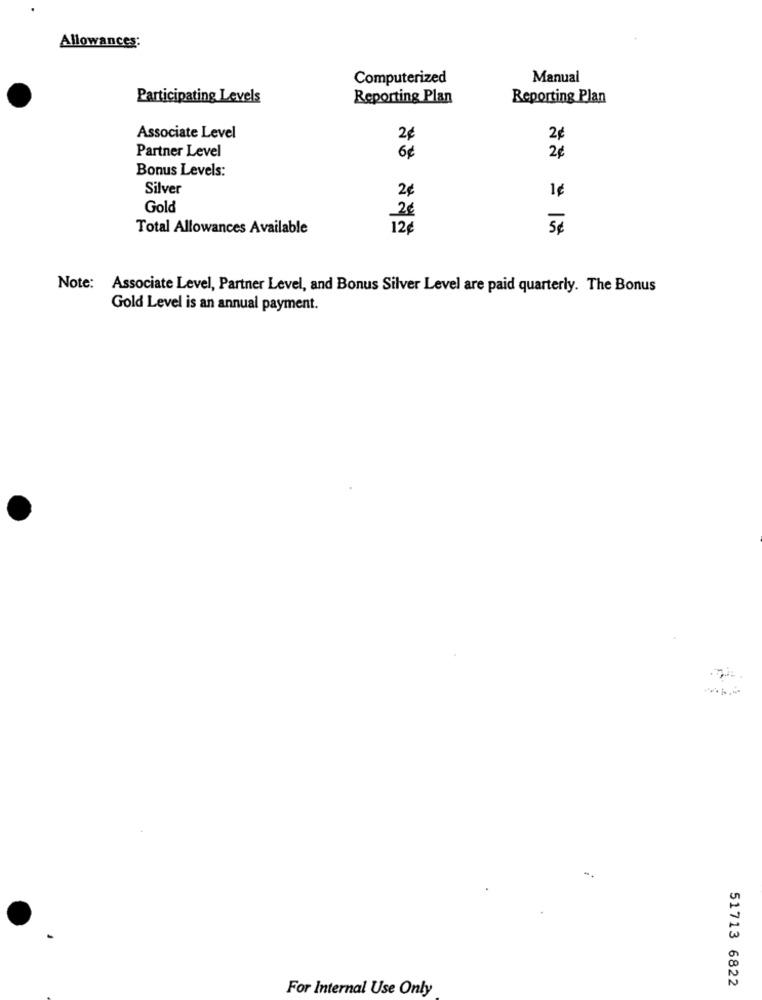
Allowances:
Computerized
Manual
Participating Levels
Reporting Plan
Reporting Plan
Associate Level
2¢
2¢
Partner Level
6¢
2€
Bonus Levels:
Silver
2¢
1¢
Gold
2€
Total Allowances Available
12€
5€
Note:
Associate Level, Partner Level, and Bonus Silver Level are paid quarterly. The Bonus
Gold Level is an annual payment.
51713 6822
For Internal Use Only